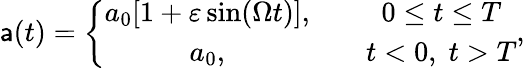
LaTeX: \mathsf{a}(t)=\left\{ \begin{array}{cc}{{a_{0}[1+\varepsilon\sin(\Omega t)],}}&{{\quad 0\leq t\leq T}}\\ {{a_{0},}}&{{\quad t<0,\; t>T}}\end{array}\right.,